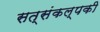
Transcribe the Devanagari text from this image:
सत्संकल्पकी